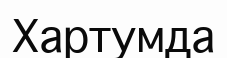
Хартумда